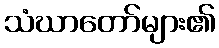
သံဃာတော်များ၏